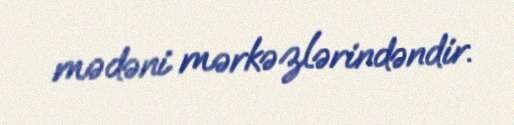
mədəni mərkəzlərindəndir.